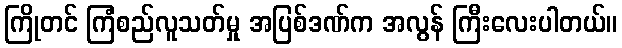
ကြိုတင် ကြံစည်လူသတ်မှု အပြစ်ဒဏ်က အလွန် ကြီးလေးပါတယ်။